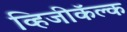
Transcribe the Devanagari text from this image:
व्हिजीकॅल्क